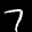
Label: 7